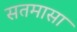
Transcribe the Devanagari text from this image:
सतमासा